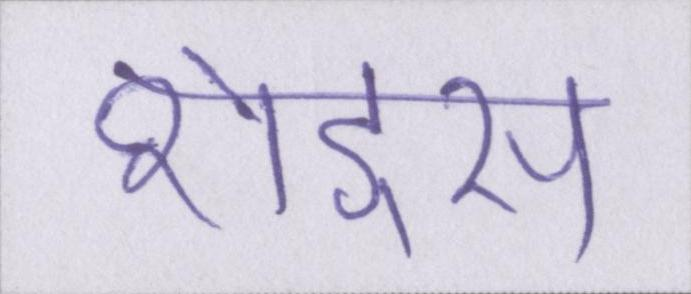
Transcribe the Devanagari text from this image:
शेड्स